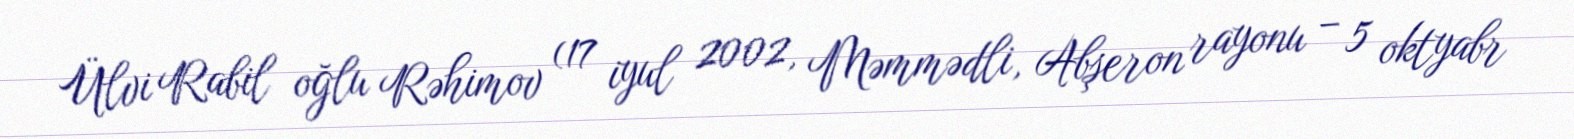
Ülvi Rabil oğlu Rəhimov (17 iyul 2002, Məmmədli, Abşeron rayonu – 5 oktyabr